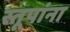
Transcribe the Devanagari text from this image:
स्तूपांना